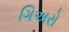
ગિઅરો